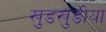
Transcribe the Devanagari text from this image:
खुडखुडीया